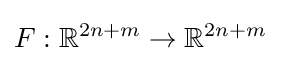
F:\mathbb {R} ^{2n+m}\rightarrow \mathbb {R} ^{2n+m}